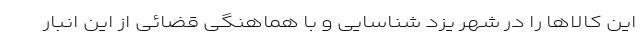
این کالاها را در شهر یزد شناسایی و با هماهنگی قضائی از این انبار